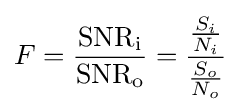
F={\frac {\mathrm {SNR} _{\text{i}}}{\mathrm {SNR} _{\text{o}}}}={\frac {\frac {S_{i}}{N_{i}}}{\frac {S_{o}}{N_{o}}}}